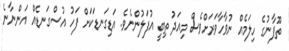
ތޫފާނުގެ ހިލަމެއް ނުވާހާވަރަށްވެސް މިއަދު ތިބީ އުފަލުންނެވެ. އަޑިގަނޑަކަށް ފަހު އުސްގަނޑެއް އަންނާނެ